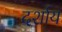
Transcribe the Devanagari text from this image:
दर्शाय